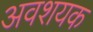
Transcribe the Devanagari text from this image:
अवशयक